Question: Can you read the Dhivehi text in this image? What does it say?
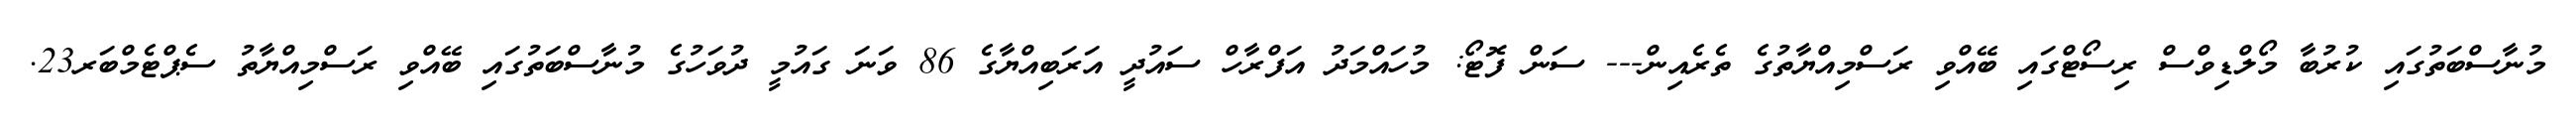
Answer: މުނާސްބަތުގައި ކުރުބާ މޯލްޑިވްސް ރިސޯޓްގައި ބޭއްވި ރަސްމިއްޔާތުގެ ތެރެއިން--- ސަން ފޮޓޯ: މުހައްމަދު އަފްރާހް ސައުދީ އަރަބިއްޔާގެ 86 ވަނަ ގައުމީ ދުވަހުގެ މުނާސްބަތުގައި ބޭއްވި ރަސްމިއްޔާތު ސެޕްޓެމްބަރ23.